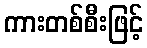
ကားတစ်စီးဖြင့်